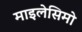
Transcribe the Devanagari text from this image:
माइलेसिमो